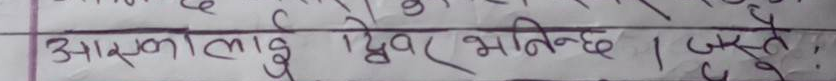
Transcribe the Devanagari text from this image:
आकारलाई लिएर भनिन्छ । जस्तै